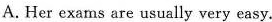
A.Her exams are usually very easy.